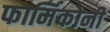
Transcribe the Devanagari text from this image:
फार्मिकोनी